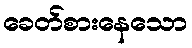
ခေတ်စားနေသော